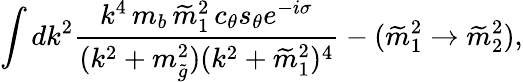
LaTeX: \int dk^{2}{\frac{k^{4}\, m_{b}\, \widetilde m_{1}^{2}\, c_{\theta}s_{\theta}e^{-i\sigma}}{(k^{2}+m_{\tilde{g}}^{2})(k^{2}+\widetilde m_{1}^{2})^{4}}}-(\widetilde m_{1}^{2}\to\widetilde m_{2}^{2}),